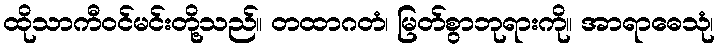
ထိုသာကီဝင်မင်းတို့သည်။ တထာဂတံ၊ မြတ်စွာဘုရားကို။ အာရာဓေသုံ၊